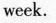
week.